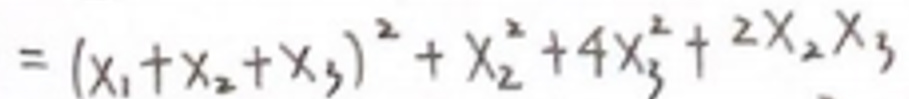
$=(x_1 + x_2 + x_3)^2 + x_2^2 + 4x_3^2 + 2x_2x_3$